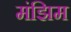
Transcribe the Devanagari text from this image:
मंझिम